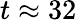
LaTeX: t\approx 32